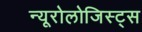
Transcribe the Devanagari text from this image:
न्यूरोलोजिस्ट्स